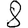
Digit: 8